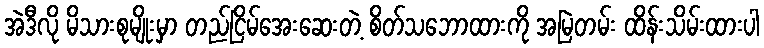
အဲဒီလို မိသားစုမျိုးမှာ တည်ငြိမ်အေးဆေးတဲ့ စိတ်သဘောထားကို အမြဲတမ်း ထိန်းသိမ်းထားပါ